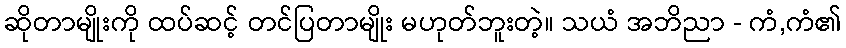
ဆိုတာမျိုးကို ထပ်ဆင့် တင်ပြတာမျိုး မဟုတ်ဘူးတဲ့။ သယံ အဘိညာ - ကံ,ကံ၏